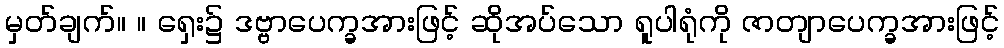
မှတ်ချက်။ ။ ရှေး၌ ဒဗ္ဗာပေက္ခအားဖြင့် ဆိုအပ်သော ရူပါရုံကို ဇာတျာပေက္ခအားဖြင့်